Cholera in India, 1862 to 1881
Year: 1862
Disease focus: Cholera
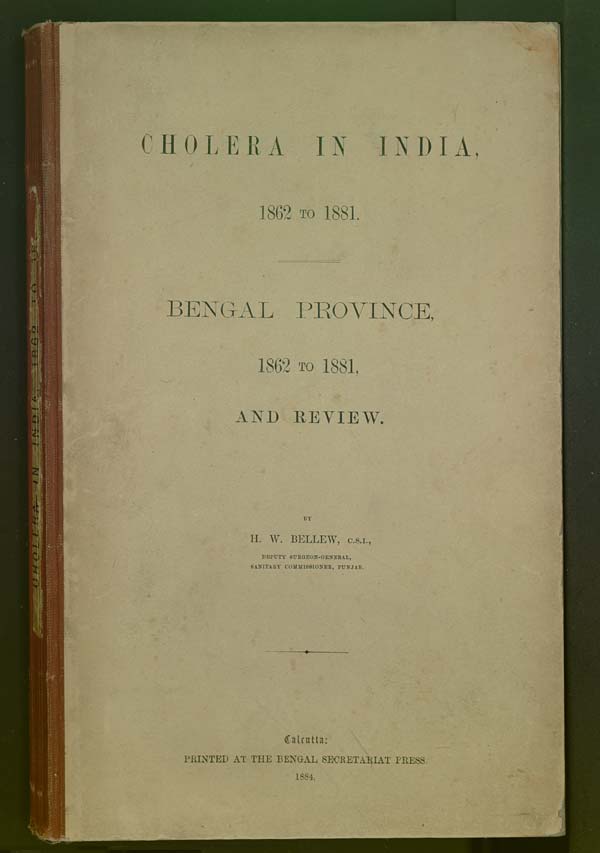
CHOLERA IN INDIA,
1862 TO 1881.
BENGAL PROVINCE,
1862 TO 1881,
AND REVIEW.
BY
H. W. BELLEW, C.S.I.,
DEPUTY SURGEON-GENERAL,
SANITARY COMMISSIONER, PUNJAB.
Calcutta:
PRINTED AT THE BENGAL SECRETARIAT PRESS.
1884.